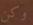
وكن